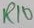
Text: R10